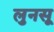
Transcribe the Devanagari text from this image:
लुनसू